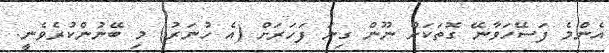
އެންމެ ފަސޭހަވާނޭ ގޮތަކަށް ނޫން ގިނަ ފަހަރަށް (އެ ހުނަރު) މި ބޭނުންކުރެވެނީ.